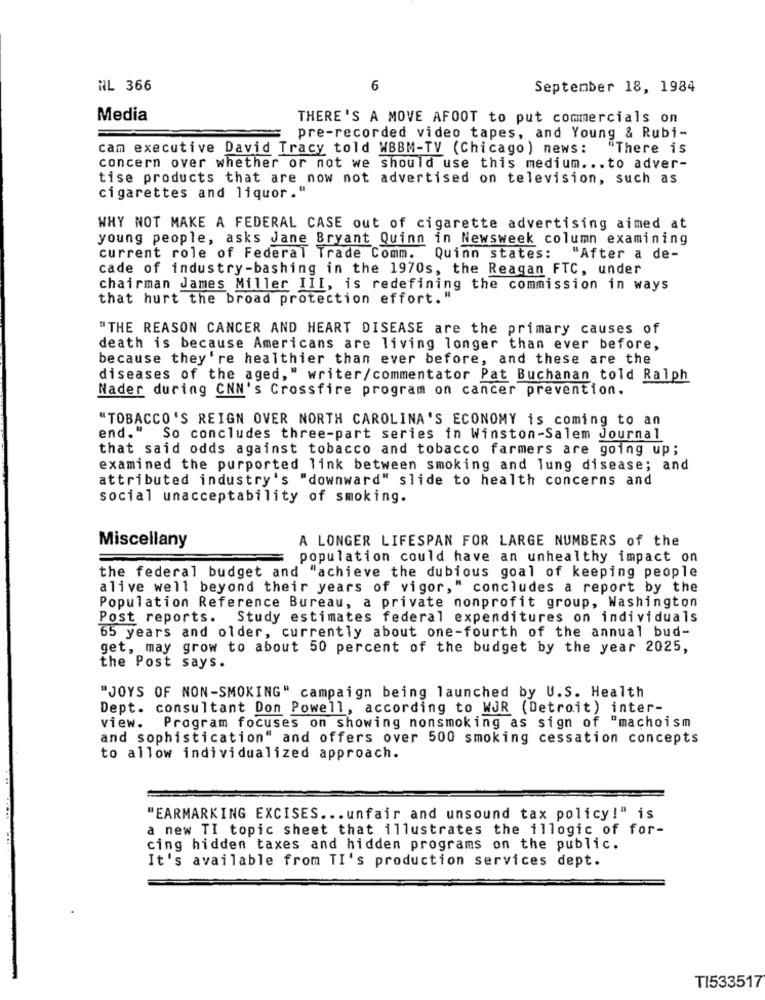
RL 366
6
September 18, 1984
Media
THERE'S A MOVE AFOOT to put commercials on
pre-recorded video tapes, and Young & Rubi-
cam executive David Tracy told WBBM-TV (Chicago) news:
"There is
concern over whether or not we should use this medium ... to adver-
tise products that are now not advertised on television, such as
cigarettes and liquor."
WHY NOT MAKE A FEDERAL CASE out of cigarette advertising aimed at
young people, asks Jane Bryant Quinn in Newsweek column examining
current role of Federal Trade Comm. Quinn states: "After a de-
cade of industry-bashing in the 1970s, the Reagan FTC, under
chairman James Miller III, is redefining the commission in ways
that hurt the broad protection effort."
"THE REASON CANCER AND HEART DISEASE are the primary causes of
death is because Americans are living longer than ever before,
because they're healthier than ever before, and these are the
diseases of the aged," writer/commentator Pat Buchanan told Ralph
Nader during CNN's Crossfire program on cancer prevention.
"TOBACCO'S REIGN OVER NORTH CAROLINA'S ECONOMY is coming to an
end."
So concludes three-part series in Winston-Salem Journal
that said odds against tobacco and tobacco farmers are going up;
examined the purported link between smoking and lung disease; and
attributed industry's "downward" slide to health concerns and
social unacceptability of smoking.
A LONGER LIFESPAN FOR LARGE NUMBERS of the
Miscellany
population could have an unhealthy impact on
the federal budget and "achieve the dubious goal of keeping people
alive well beyond their years of vigor," concludes a report by the
Population Reference Bureau, a private nonprofit group, Washington
Post reports. Study estimates federal expenditures on individuals
65 years and older, currently about one-fourth of the annual bud-
get, may grow to about 50 percent of the budget by the year 2025,
the Post says.
"JOYS OF NON-SMOKING" campaign being launched by U.S. Health
Dept. consultant Don Powell, according to WJR (Detroit) inter-
view. Program focuses on showing nonsmoking as sign of "machoism
and sophistication" and offers over 500 smoking cessation concepts
to allow individualized approach.
. ..
"EARMARKING EXCISES ... unfair and unsound tax policy!" is
a new TI topic sheet that illustrates the illogic of for-
cing hidden taxes and hidden programs on the public.
It's available from TI's production services dept.
TI533517